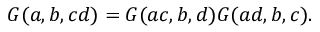
G ( a , b , c d ) = G ( a c , b , d ) G ( a d , b , c ) .